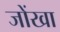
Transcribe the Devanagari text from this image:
जोंखा